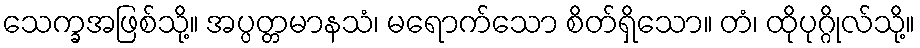
သေက္ခအဖြစ်သို့။ အပ္ပတ္တမာနသံ၊ မရောက်သော စိတ်ရှိသော။ တံ၊ ထိုပုဂ္ဂိုလ်သို့။